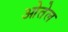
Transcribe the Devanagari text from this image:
ओतेल